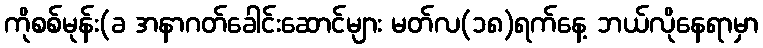
ကိုစစ်မုန်း(ခ အနာဂတ်ခေါင်းဆောင်များ မတ်လ(၁၈)ရက်နေ့ ဘယ်လိုနေရာမှာ